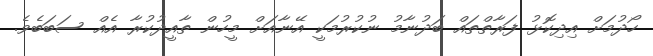
ހޯދުމަށް އިދިކޮޅު ފަރާތްތައް ބަދުނާމު ނުކުރުމަކީ އޭނާއަށް މީހުން ތާއީދުކުރާ އެއް ސަބަބެވެ.